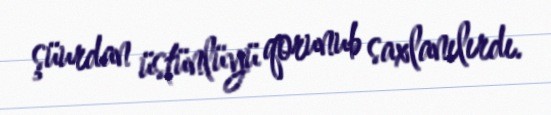
şüurdan üstünlüyü qorunub saxlanılırdı.